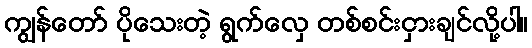
ကျွန်တော် ပိုသေးတဲ့ ရွက်လှေ တစ်စင်းငှားချင်လို့ပါ။